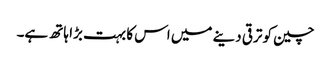
چین کو ترقی دینے میں اس کا بہت بڑا ہاتھ ہے۔